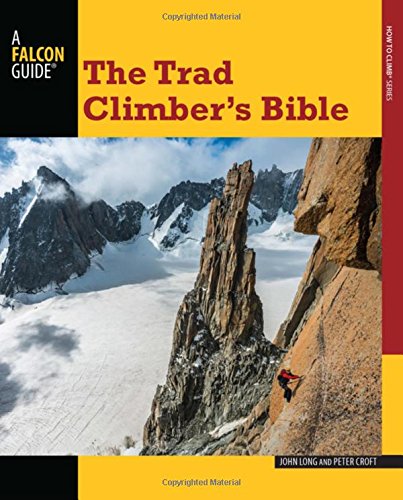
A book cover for Trad Climber's Bible (How To Climb Series); John Long; Sports & Outdoors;